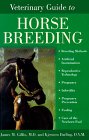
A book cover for Veterinary Guide to Horse Breeding; James M. Giffin MD; Medical Books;